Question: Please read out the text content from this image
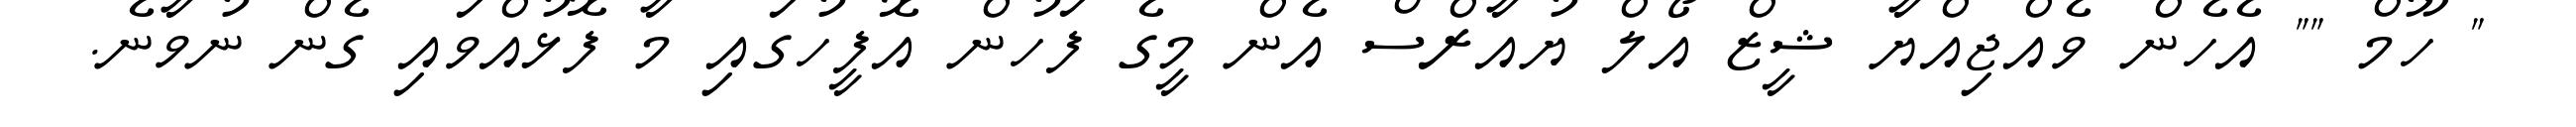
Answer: " ހޫމް "" އެހެން ވެއްޖިއްޔާ ޝީޒް އޯލް ޔުއާރްސް އެން މީގެ ފަހުން އޮފީހުގައި މާ ފޮޅުއްވައި ގެން ނުވާނެ.